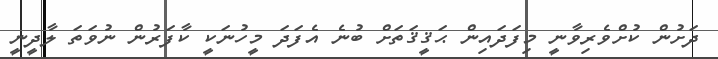
ދަށުން ކުށްވެރިވާނީ މިފަދައިން ޙަޤީޤަތަށް ބުނެ އެފަދަ މީހުނަކީ ކާފަރުން ނުވަތަ ލާދީނީ